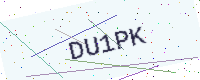
Text: DU1PK